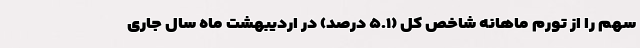
سهم را از تورم ماهانه شاخص کل (۵.۱ درصد) در اردیبهشت ماه سال جاری